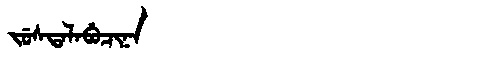
Manchu: ᠵᡠᠰᡨᠠᠯᠠᠪᡠᠴᡳᠨᠠ
Romanization: JUSTALABUCINA